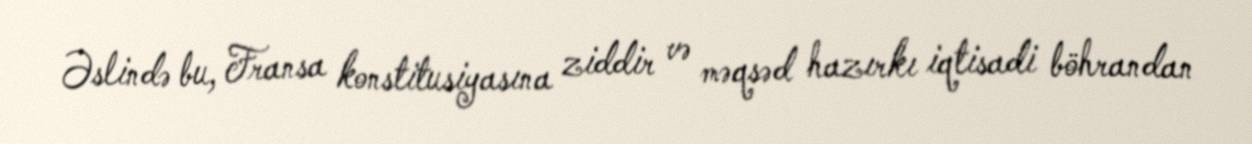
Əslində bu, Fransa konstitusiyasına ziddir və məqsəd hazırkı iqtisadi böhrandan